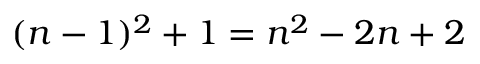
( n - 1 ) ^ { 2 } + 1 = n ^ { 2 } - 2 n + 2